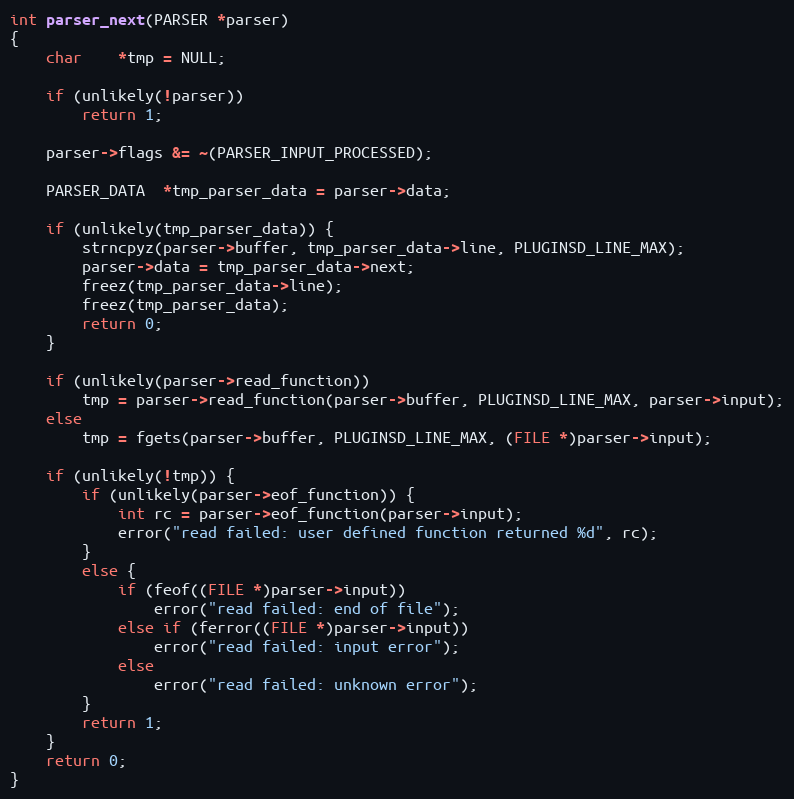
Language: C
int parser_next(PARSER *parser)
{
    char    *tmp = NULL;

    if (unlikely(!parser))
        return 1;

    parser->flags &= ~(PARSER_INPUT_PROCESSED);

    PARSER_DATA  *tmp_parser_data = parser->data;

    if (unlikely(tmp_parser_data)) {
        strncpyz(parser->buffer, tmp_parser_data->line, PLUGINSD_LINE_MAX);
        parser->data = tmp_parser_data->next;
        freez(tmp_parser_data->line);
        freez(tmp_parser_data);
        return 0;
    }

    if (unlikely(parser->read_function))
        tmp = parser->read_function(parser->buffer, PLUGINSD_LINE_MAX, parser->input);
    else
        tmp = fgets(parser->buffer, PLUGINSD_LINE_MAX, (FILE *)parser->input);

    if (unlikely(!tmp)) {
        if (unlikely(parser->eof_function)) {
            int rc = parser->eof_function(parser->input);
            error("read failed: user defined function returned %d", rc);
        }
        else {
            if (feof((FILE *)parser->input))
                error("read failed: end of file");
            else if (ferror((FILE *)parser->input))
                error("read failed: input error");
            else
                error("read failed: unknown error");
        }
        return 1;
    }
    return 0;
}